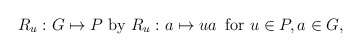
\begin{align*}R_{u}:G \mapsto P \mbox{ by } R_{u}: a \mapsto ua \,\mbox{ for } u \in P, a\in G,\end{align*}